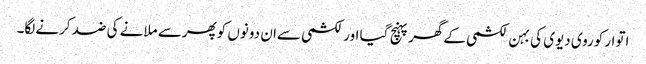
اتوار کوروی دیوی کی بہن لکشمی کےگھرپہنچ گیا اورلکشمی سےان دونوں کوپھرسے ملانے کی ضد کرنےلگا۔